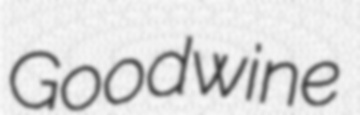
Goodwine